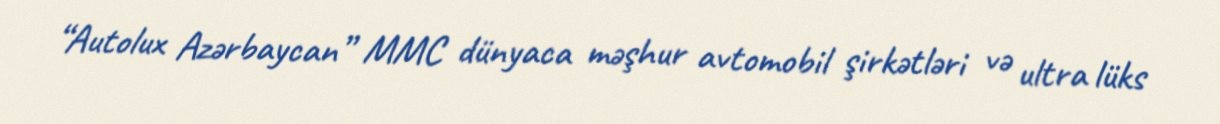
“Autolux Azərbaycan” MMC dünyaca məşhur avtomobil şirkətləri və ultra lüks